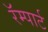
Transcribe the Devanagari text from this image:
रॅम्पार्ट